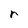
Character: r